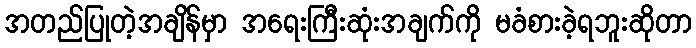
အတည်ပြုတဲ့အချိန်မှာ အရေးကြီးဆုံးအချက်ကို မခံစားခဲ့ရဘူးဆိုတာ